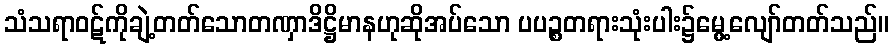
သံသရာဝဋ်ကိုချဲ့တတ်သောတဏှာဒိဋ္ဌိမာနဟုဆိုအပ်သော ပပဉ္စတရားသုံးပါး၌မွေ့လျော်တတ်သည်။